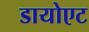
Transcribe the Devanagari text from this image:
डायोएट